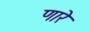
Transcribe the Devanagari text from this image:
णारे